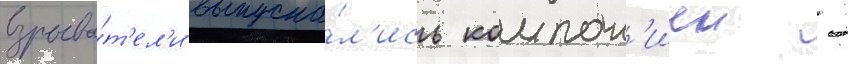
взрыва́т'ел'и выпуска́л'ись компан'иеи -